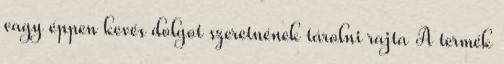
vagy éppen kevés dolgot szeretnének tárolni rajta A termék